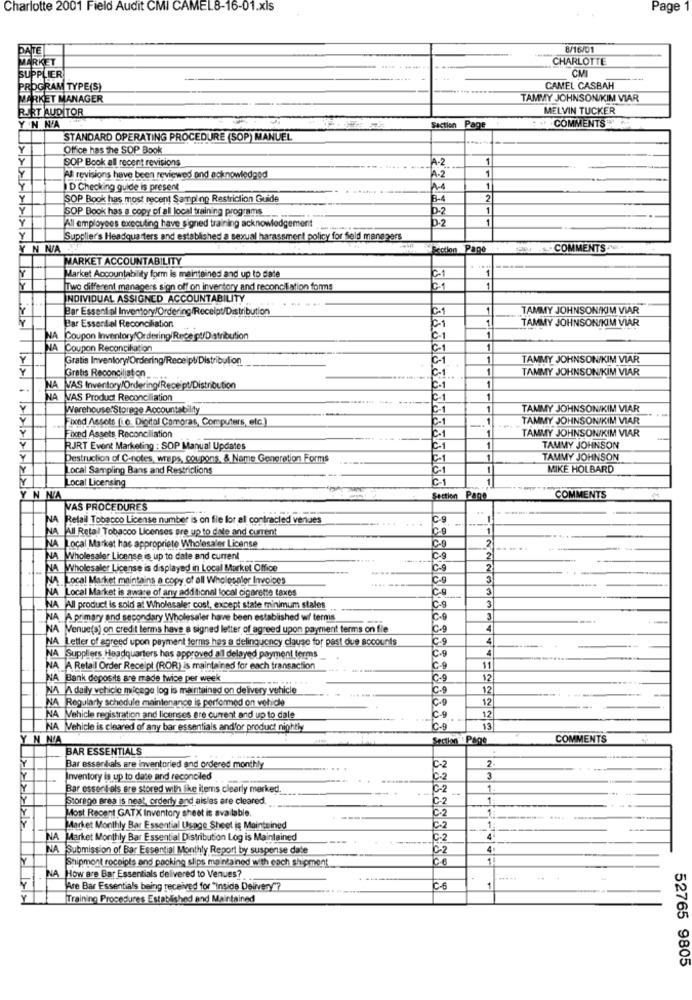
Charlotte 2001 Field Audit CMI CAMEL8-16-01.xls
Page 1
DATE
8/16/01
ARKET
CHARLOTTE
CMI
SUPPLIER
PROGRAM TYPE(S)
CAMEL CASBAH
MARKET MANAGER
TAMMY JOHNSON/KIM VIAR
RART AUDITOR
MELVIN TUCKER
Y N N/A
+ COMMENTS
Section Page
Page
STANDARD OPERATING PROCEDURE (SOP) MANUEL
Office has the SOP Book
SOP Book all recent revisions
A-2
1
A.2
1
All revisions have been reviewed and acknowledged
D Checking guide is present
11
1
SOP Book has most recent Samping Restriction Guide
B-4
2
SOP Book has a copy of all local training programs
1
All employees executing have signed training acknowledgement
D-2
1
Supplier's Headquarters and established a sexual harassment policy for field managers
N N/A
Section Page
COMMENTS
MARKET ACCOUNTABILITY
1
Market Accountability form is maintained and up to date
C1
1
Two different managers sign off on inventory and reconciliation forms
INDIVIDUAL ASSIGNED ACCOUNTABILITY
Bar Essential Inventory/Ordering/Receipt/Distribution
C-1
TAMMY JOHNSON/KIM VIAR
01
1
TAMMY JOHNSON/KIM VIAR
Bar Essential Reconciliation
A Coupon Inventory Ordering Receipt/Distribution
CI
1
Coupon Reconciliation
SS
01
Gratis Inventory/Ordering/Receipt/Distribution
6-1
1
TAMMY JOHNSON/KIM VIAR
Gratis Reconciliation
C-1
1
TAMMY JOHNSON/KIM VIAR
C-1
1 ..
1
VAS Inventory/Ordering/Receipt/Distribution
AVAS Product Reconciliation
C1
1
Warehouse Storage Accountability
C1
TAMMY JOHNSON/KIM VIAR
Fixed Assets (i.e. Digital Compras, Computers, etc.)
C-1
TAMMY JOHNSON/KIM VIAR
C-1
TAMMY JOHNSON/KIM VIAR
Fixed Assets Reconciliation
RJRT Event Marketing : SOP Manual Updates
C-1
TAMMY JOHNSON
Destruction of C-notes, wreps, coupons, & Name Generation Forms
TAMMY JOHNSON
Local Sampling Bans and Restrictions
C-1
1
MIKE HOLBARD
Local Licensing
C-1
1
N NIA
Section Page
COMMENTS
VAS PROCEDURES
NA Retail Tobacco License number is on file for al contracted venues
C-9
All Retal Tobacco Licenses are up to date and cument
IC-9
NA Local Market has appropriate Wholesaler License
......
NA Wholesaler License is up to date and current
C-9
NA Wholesaler License is displayed in Local Market Office
C-9
NA. Local Market maintains a copy of all Wholesaler Invoices
.....
NA Local Market is aware of any additional local cigarette taxes
T
NA All product is sold at Wholesaler cost, except state minimum stales
IC-9
NA A primary and secondary Wholesaler have been established w/ terms
C-9
NA [Venue(s) on credit terms have a signed letter of agreed upon payment terms on file
C-9
NA Letter of agreed upon payment terms has a delinquency clause for past due accounts
Ic-9
C-9
NA Suppliers Headquarters has approved all delayed payment terms
NA A Retail Order Receipt (ROR) is maintained for each transaction
C-9
11
NA Bank deposits are made twice per week
C-9
12
NA A daily vehicle milcege log is maintained on delivery vehicle
IC-9
12
-------
C-9
12
NA Regularly schedule maintenance is performed on vehicle
12
NA Vehicle registration and licenses are current and up to dale
C-9
NA Vehicle is cleared of any bar essentials andfor product nightly
C-9
13
Y N NIA
Section
Page
COMMENTS
BAR ESSENTIALS
Bar essentials are inventoried and ordered monthly
C-2
Inventory is up to date and reconciled
C.2
3
Bar essent als are stored with like items clearly merked.
IC-2
Storage area is neat, orderly and aisles are cleared.
C-2
1
0.2
1
Most Recent GATX Inventory sheet is available.
Market Monthly Bar Essential Usage Sheet is Maintained
C-2
1
NA Market Monthly Bar Essential Distribution Log is Maintained
C-2
NA
Submission of Bar Essential Monthly Report by suspense date
IC2
4
Shipmont roceipts and packing slips maintained with each shipment
Ce
4
NA How are Bar Essentials delivered to Venues?
Are Bar Essentials being received for "Inside Delivery"?
Training Procedures Established and Maintained
52765 9805